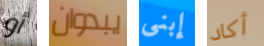
أو يبدوان إبنى أكاد